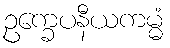
ဥက္ခေပနီယကမ္မံ